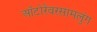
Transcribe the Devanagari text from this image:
ऑटोरेंवरसामलुंग